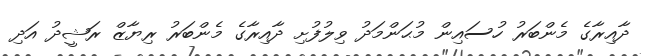
ދާއިރާގެ މެންބަރު ހުސައިން މުޙަންމަދު ވިލުފުށި ދާއިރާގެ މެންބަރު ރިޔާޒް ރަޝީދު އަދި